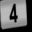
Digit: 4